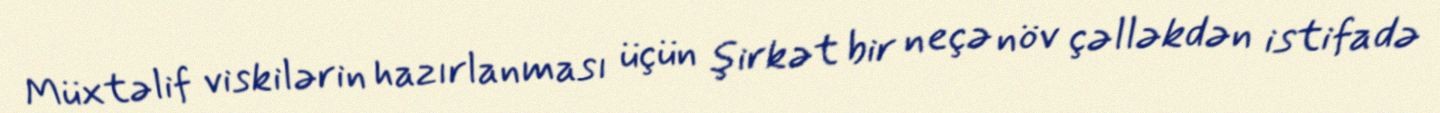
Müxtəlif viskilərin hazırlanması üçün şirkət bir neçə növ çəlləkdən istifadə